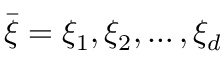
\bar { \xi } = \xi _ { 1 } , \xi _ { 2 } , \ldots , \xi _ { d }